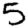
Digit: 5